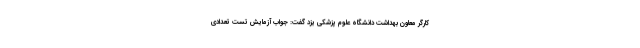
کارگر معاون بهداشت دانشگاه علوم پزشکی یزد گفت: جواب آزمایش تست تعدادی